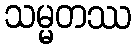
သမ္မတဿ